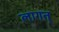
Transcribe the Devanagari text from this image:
लागत्